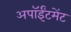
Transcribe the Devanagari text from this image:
अपॉईंटमेंट